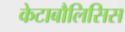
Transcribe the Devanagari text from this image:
केटाबौलिसिस